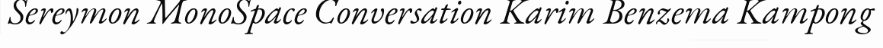
Sereymon MonoSpace Conversation Karim Benzema Kampong